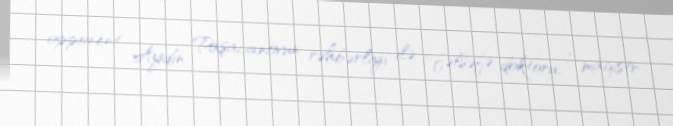
opponent Aydın Paşacanovun rəhbərliyi ilə 1 fəlsəfə doktoru, 1 magistr